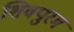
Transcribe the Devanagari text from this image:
शिवपुरम